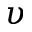
\upsilon